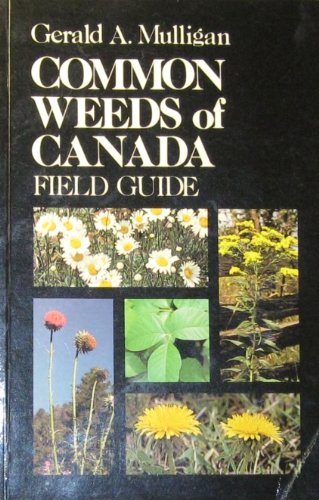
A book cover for Common Weeds of Canada: Field Guide; Gerald A. Mulligan; Crafts, Hobbies & Home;